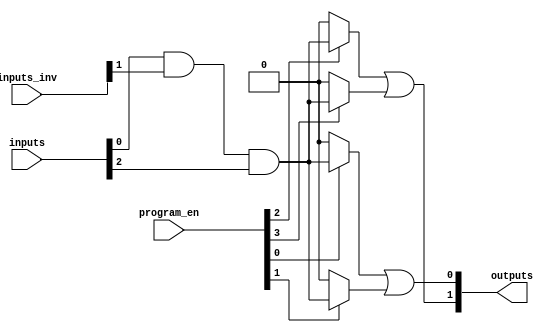
module PAL (
    input wire [N-1:0] inputs,       // N input lines
    input wire [N-1:0] inputs_inv,   // Inverted inputs
    input wire [M-1:0] program_en,   // Enable signals for programmable AND gates
    output wire [P-1:0] outputs       // P output lines
);

    parameter N = 8;   // Number of inputs
    parameter M = 4;   // Number of programmable AND gates
    parameter P = 2;   // Number of fixed OR gates

    // Declare the outputs of each AND gate
    wire [M-1:0] and_out;

    // Programmable AND gates
    genvar i;
    generate
        for (i = 0; i < M; i = i + 1) begin : and_gates
            assign and_out[i] = (program_en[i]) ? 
                (inputs[0] & inputs_inv[1] & inputs[2]) :  // Example combination for AND gate 0
                1'b0;  // Default to 0 if not programmed
        end
    endgenerate

    // Fixed OR gates
    assign outputs[0] = and_out[0] | and_out[1];  // OR gate 0 combining some AND gates
    assign outputs[1] = and_out[2] | and_out[3];  // OR gate 1 combining other AND gates

endmodule